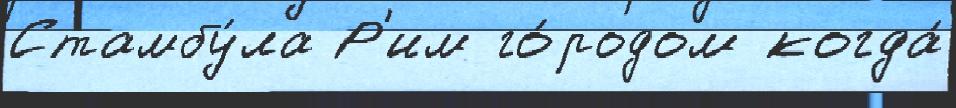
Стамбу́ла Р'им го́родом когда́